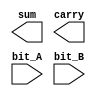
`timescale 1ns / 1ps

//////////////////////////////////////////////////////////////////////////////////
// ACS
// Computer Design 1
//  
// Module Name:  		half_adder_structural 
// Project Name:		Laborator 6
// Target Devices: 		Digilent Nexys 3
//////////////////////////////////////////////////////////////////////////////////

module half_adder_structural(
		output sum,
		output carry,
		input bit_A,
		input bit_B
    );
	 
	// TODO 1.1: Implementati un half-adder utiliznd descrierea la nivel structural	
	
endmodule